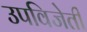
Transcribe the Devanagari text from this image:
उपविजेती